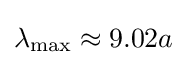
\lambda _{\text{max}}\approx 9.02a